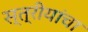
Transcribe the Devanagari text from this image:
स्त्रीयांचा